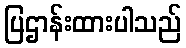
ပြဌာန်းထားပါသည်